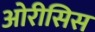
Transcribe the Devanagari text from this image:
ओरीसिस